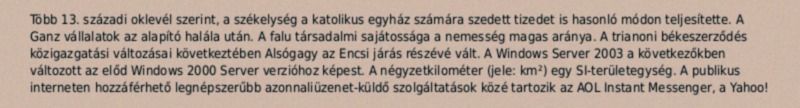
Több 13. századi oklevél szerint, a székelység a katolikus egyház számára szedett tizedet is hasonló módon teljesítette. A Ganz vállalatok az alapító halála után. A falu társadalmi sajátossága a nemesség magas aránya. A trianoni békeszerződés közigazgatási változásai következtében Alsógagy az Encsi járás részévé vált. A Windows Server 2003 a következőkben változott az előd Windows 2000 Server verzióhoz képest. A négyzetkilométer (jele: km²) egy SI-területegység. A publikus interneten hozzáférhető legnépszerűbb azonnaliüzenet-küldő szolgáltatások közé tartozik az AOL Instant Messenger, a Yahoo!